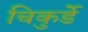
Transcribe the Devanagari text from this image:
चिकुर्डे